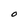
Character: O